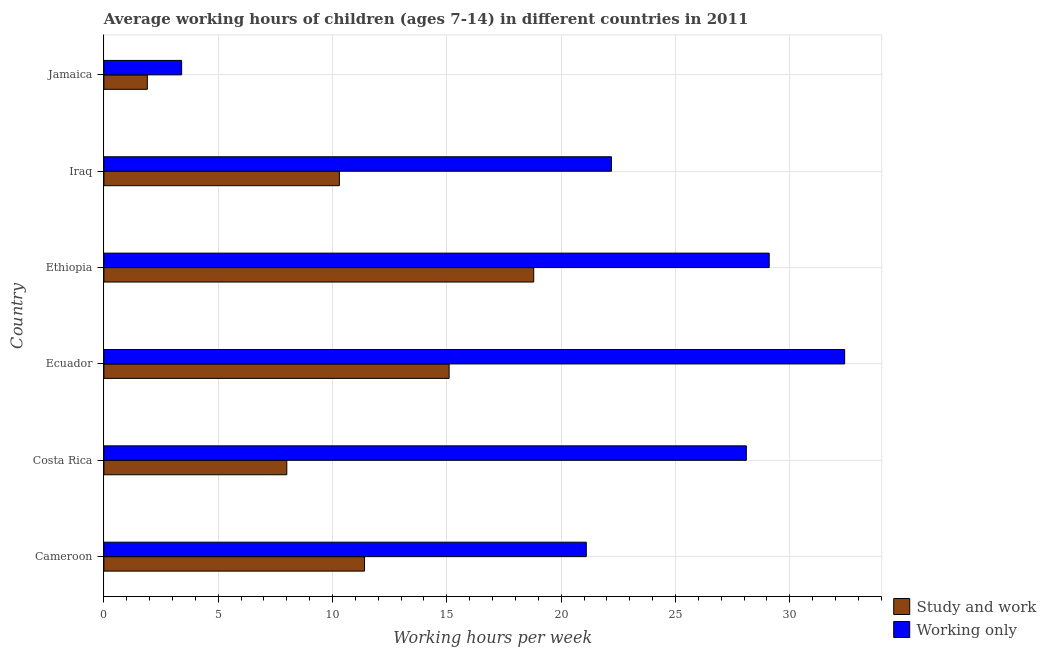
| Country | Study and work | Working only |
 | --- | --- | --- |
 | Cameroon | 11.4 | 21.1 |
 | Costa Rica | 8 | 28.1 |
 | Ecuador | 15.1 | 32.4 |
 | Ethiopia | 18.8 | 29.1 |
 | Iraq | 10.3 | 22.2 |
 | Jamaica | 1.9 | 3.4 |